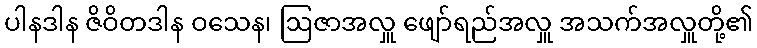
ပါနဒါန ဇိဝိတဒါန ဝသေန၊ ဩဇာအလှူ ဖျော်ရည်အလှူ အသက်အလှူတို့၏